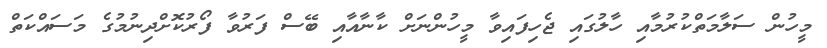
މީހުން ސަލާމަތްކުރުމާއި ހާލުގައި ޖެހިފައިވާ މީހުންނަށް ކާނާއާއި ބޭސް ފަރުވާ ފޯރުކޮށްދިނުމުގެ މަސައްކަތް